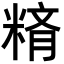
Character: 𥺪